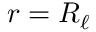
r = R _ { \ell }